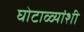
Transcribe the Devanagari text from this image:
घोटाळ्यांशी